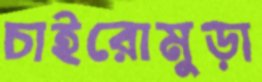
চাইরোমুড়া